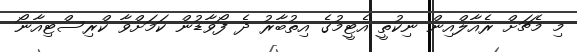
މި މެޗަށް ރެއާލްއިން ނިކުތީ އެޓީމުގެ އިތުބާރު ދެ ފޯވާޑުން ކަމަށްވާ ކްރިސްޓިއާނޯ